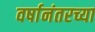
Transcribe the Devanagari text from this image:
वर्षानंतरच्या